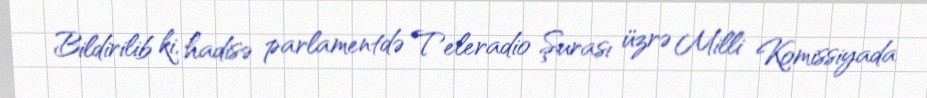
Bildirilib ki, hadisə parlamentdə Teleradio Şurası üzrə Milli Komissiyada